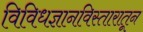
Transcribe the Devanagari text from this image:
विविधज्ञानविस्तारातून